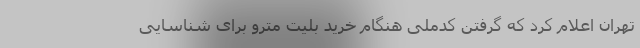
تهران اعلام کرد که گرفتن کدملی هنگام خرید بلیت مترو برای شناسایی